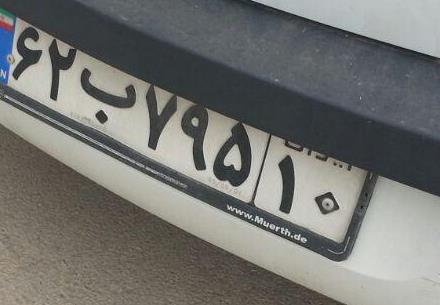
۶۲ب۷۹۵۱۰